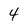
Character: 4